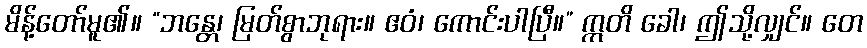
မိန့်တော်မူ၏။ “ဘန္တေ၊ မြတ်စွာဘုရား။ ဧဝံ၊ ကောင်းပါပြီ။” ဣတိ ခေါ၊ ဤသို့လျှင်။ တေ